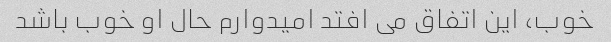
خوب، این اتفاق می افتد امیدوارم حال او خوب باشد